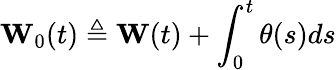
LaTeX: \mathbf{W}_{0}(t)\triangleq\mathbf{W}(t)+\int_{0}^{t}\theta(s)ds